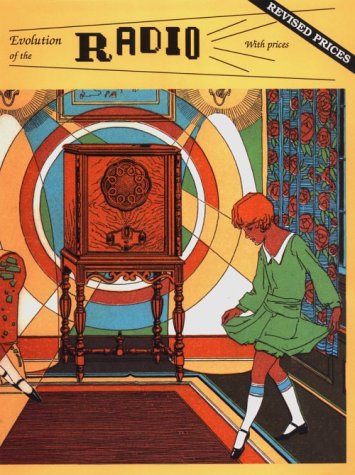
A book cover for Evolution of the Radio, Vol. 1; Scott Wood; Crafts, Hobbies & Home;